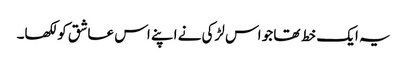
یہ ایک خط تھا جو اس لڑکی نے اپنے اس عاشق کو لکھا۔